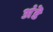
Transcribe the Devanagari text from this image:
अंडॆ